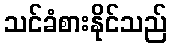
သင်ခံစားနိုင်သည်